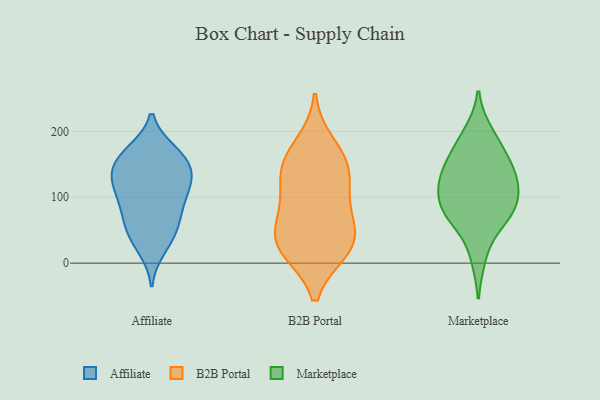
{"axis": {"x": "Page Views", "y": "Value"}, "legend": ["Affiliate", "B2B Portal", "Marketplace"], "data": [{"x": "", "y": 100, "type": "Affiliate"}, {"x": "", "y": 112, "type": "Affiliate"}, {"x": "", "y": 90, "type": "Affiliate"}, {"x": "", "y": 30, "type": "Affiliate"}, {"x": "", "y": 141, "type": "Affiliate"}, {"x": "", "y": 121, "type": "Affiliate"}, {"x": "", "y": 74, "type": "Affiliate"}, {"x": "", "y": 131, "type": "Affiliate"}, {"x": "", "y": 59, "type": "Affiliate"}, {"x": "", "y": 170, "type": "Affiliate"}, {"x": "", "y": 137, "type": "Affiliate"}, {"x": "", "y": 156, "type": "Affiliate"}, {"x": "", "y": 21, "type": "Affiliate"}, {"x": "", "y": 169, "type": "Affiliate"}, {"x": "", "y": 107, "type": "Affiliate"}, {"x": "", "y": 168, "type": "Affiliate"}, {"x": "", "y": 55, "type": "Affiliate"}, {"x": "", "y": 144, "type": "Affiliate"}, {"x": "", "y": 54, "type": "Affiliate"}, {"x": "", "y": 145, "type": "B2B Portal"}, {"x": "", "y": 99, "type": "B2B Portal"}, {"x": "", "y": 149, "type": "B2B Portal"}, {"x": "", "y": 19, "type": "B2B Portal"}, {"x": "", "y": 20, "type": "B2B Portal"}, {"x": "", "y": 148, "type": "B2B Portal"}, {"x": "", "y": 65, "type": "B2B Portal"}, {"x": "", "y": 109, "type": "B2B Portal"}, {"x": "", "y": 181, "type": "B2B Portal"}, {"x": "", "y": 50, "type": "B2B Portal"}, {"x": "", "y": 44, "type": "B2B Portal"}, {"x": "", "y": 19, "type": "B2B Portal"}, {"x": "", "y": 150, "type": "Marketplace"}, {"x": "", "y": 159, "type": "Marketplace"}, {"x": "", "y": 10, "type": "Marketplace"}, {"x": "", "y": 184, "type": "Marketplace"}, {"x": "", "y": 72, "type": "Marketplace"}, {"x": "", "y": 73, "type": "Marketplace"}, {"x": "", "y": 137, "type": "Marketplace"}, {"x": "", "y": 125, "type": "Marketplace"}, {"x": "", "y": 70, "type": "Marketplace"}, {"x": "", "y": 103, "type": "Marketplace"}, {"x": "", "y": 105, "type": "Marketplace"}, {"x": "", "y": 80, "type": "Marketplace"}, {"x": "", "y": 197, "type": "Marketplace"}, {"x": "", "y": 125, "type": "Marketplace"}]}